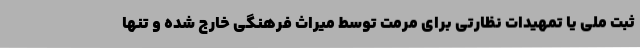
ثبت ملی یا تمهیدات نظارتی برای مرمت توسط میراث فرهنگی خارج شده و تنها